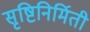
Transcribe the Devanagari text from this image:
सृष्टिनिर्मिती